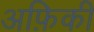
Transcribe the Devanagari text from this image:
अफ़िकी